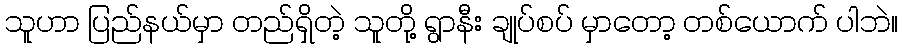
သူဟာ ပြည်နယ်မှာ တည်ရှိတဲ့ သူတို့ ရွာနီး ချုပ်စပ် မှာတော့ တစ်ယောက် ပါဘဲ။